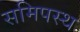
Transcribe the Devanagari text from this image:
समिपस्थ